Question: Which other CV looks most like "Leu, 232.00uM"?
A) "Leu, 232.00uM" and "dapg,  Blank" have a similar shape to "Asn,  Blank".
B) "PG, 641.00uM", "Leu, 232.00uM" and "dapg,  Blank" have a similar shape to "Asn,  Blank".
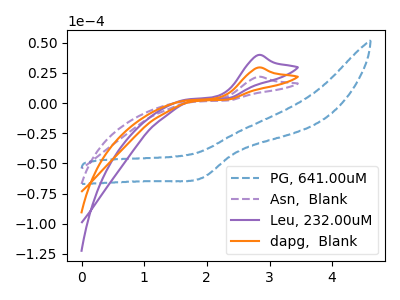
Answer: <think>The blue dashed curve "PG, 641.00uM" has a cathodic peak at: (1.90V, -62.15uA). The purple dashed curve "Asn,  Blank" has an anodic peak at: (2.80V, 21.75uA). The purple curve "Leu, 232.00uM" has an anodic peak at: (2.80V, 58.85uA). The orange curve "dapg,  Blank" has an anodic peak at: (2.80V, 29.45uA).
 "PG, 641.00uM" and "Asn,  Blank" have at least one peak that do not match. "PG, 641.00uM" and "Leu, 232.00uM" have at least one peak that do not match. "PG, 641.00uM" and "dapg,  Blank" have at least one peak that do not match. All the peaks in "Asn,  Blank" have a peak in "Leu, 232.00uM" at the same potential. Every peak in "Asn,  Blank" is lower than every peak in "Leu, 232.00uM". All the peaks in "Asn,  Blank" have a peak in "dapg,  Blank" at the same potential. Every peak in "Asn,  Blank" is lower than every peak in "dapg,  Blank". All the peaks in "Leu, 232.00uM" have a peak in "dapg,  Blank" at the same potential. Every peak in "Leu, 232.00uM" is higher than every peak in "dapg,  Blank".</think>
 <answer>A) "Leu, 232.00uM" and "dapg,  Blank" have a similar shape to "Asn,  Blank".</answer>
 <eval>A</eval>